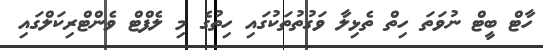
ހާޓް ބީޓް ނުވަތަ ހިތް ތެޅިލާ ވަގުތުތަކުގައި ހިތުގެ މި ލެފްޓް ވެންޓްރިކަލްގައި